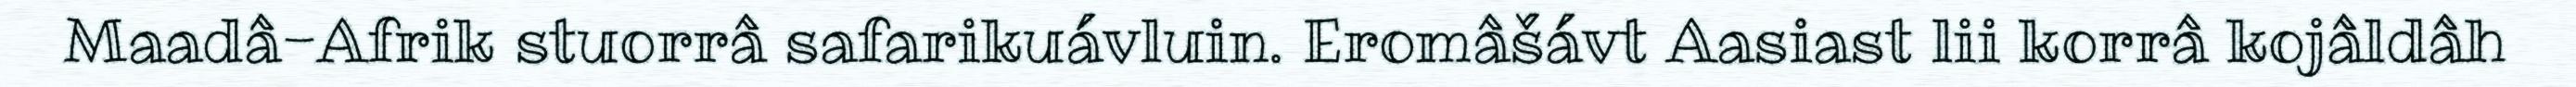
Maadâ-Afrik stuorrâ safarikuávluin. Eromâšávt Aasiast lii korrâ kojâldâh